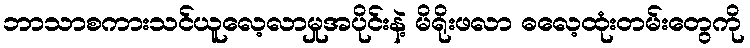
ဘာသာစကားသင်ယူလေ့လာမှုအပိုင်းနဲ့ မိရိုးဖလာ ဓလေ့ထုံးတမ်းတွေကို